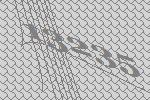
13235